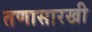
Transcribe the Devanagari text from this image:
तणासारखी